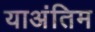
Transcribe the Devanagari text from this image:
याअंतिम